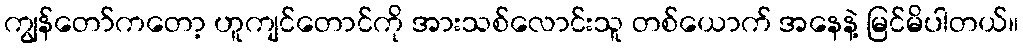
ကျွန်တော်ကတော့ ဟူကျင်တောင်ကို အားသစ်လောင်းသူ တစ်ယောက် အနေနဲ့ မြင်မိပါတယ်။